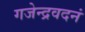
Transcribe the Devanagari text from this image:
गजेन्द्रवदनं